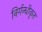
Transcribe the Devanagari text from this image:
निर्गन्धीकृत